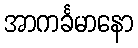
အာကင်္ခမာနော